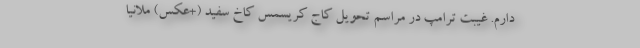
دارم. غیبت ترامپ در مراسم تحویل کاج کریسمس کاخ سفید (+عکس) ملانیا